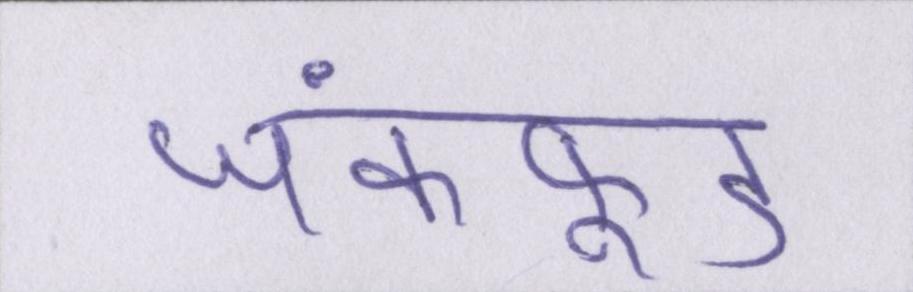
जंकफूड